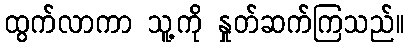
ထွက်လာကာ သူ့ကို နှုတ်ဆက်ကြသည်။